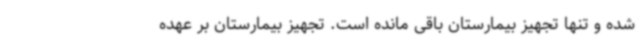
شده و تنها تجهیز بیمارستان باقی مانده است. تجهیز بیمارستان بر عهده